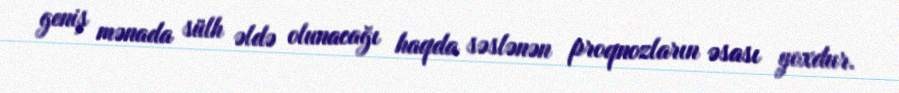
geniş mənada sülh əldə olunacağı haqda səslənən proqnozların əsası yoxdur.